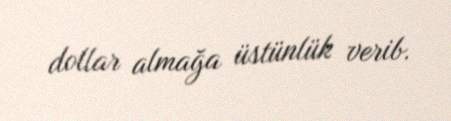
dollar almağa üstünlük verib.